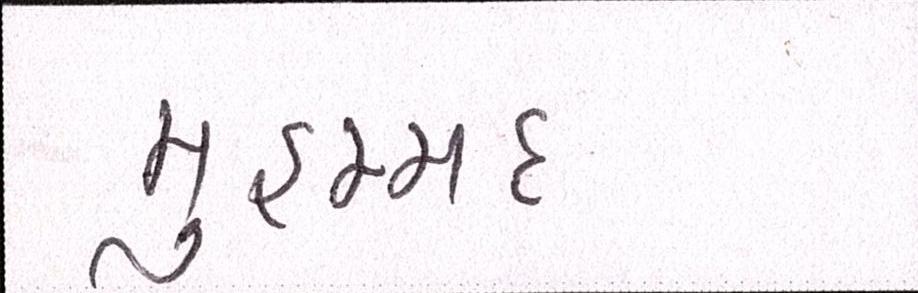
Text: મુહમ્મદ